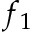
f _ { 1 }